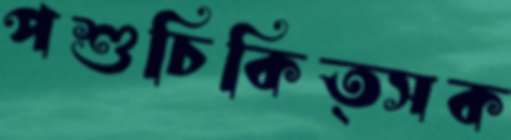
পশুচিকিত্সক